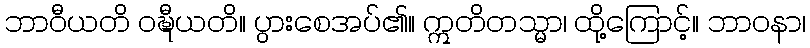
ဘာဝီယတိ ဝဍ္ဎီယတိ။ ပွားစေအပ်၏။ ဣတိတသ္မာ၊ ထို့ကြောင့်။ ဘာဝနာ၊